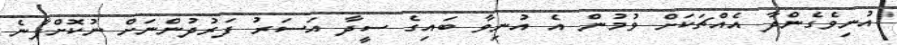
އުނިވެގެންދާ އެއްޗަކަށް ވުމުން އެ އުނިވާ ބައިގެ ސީދާ އަސަރު ފަރުދުންނަށް ނުކޮށްފާނެ